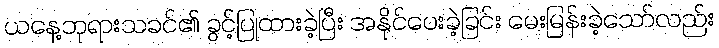
ယနေ့ဘုရားသခင်၏ ခွင့်ပြုထားခဲ့ပြီး အနိုင်ပေးခဲ့ခြင်း မေးမြန်းခဲ့သော်လည်း